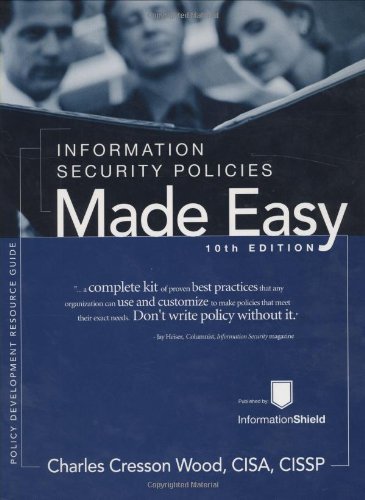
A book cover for Information Security Policies Made Easy, Version 10; Charles Cresson Wood; Computers & Technology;